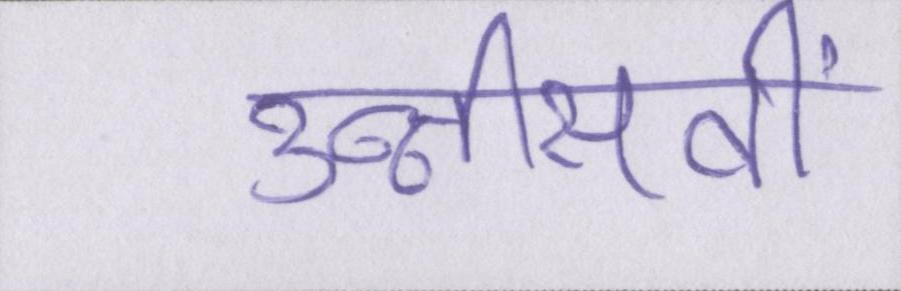
उन्नीसवीं